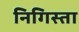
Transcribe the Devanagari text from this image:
निगिस्ता